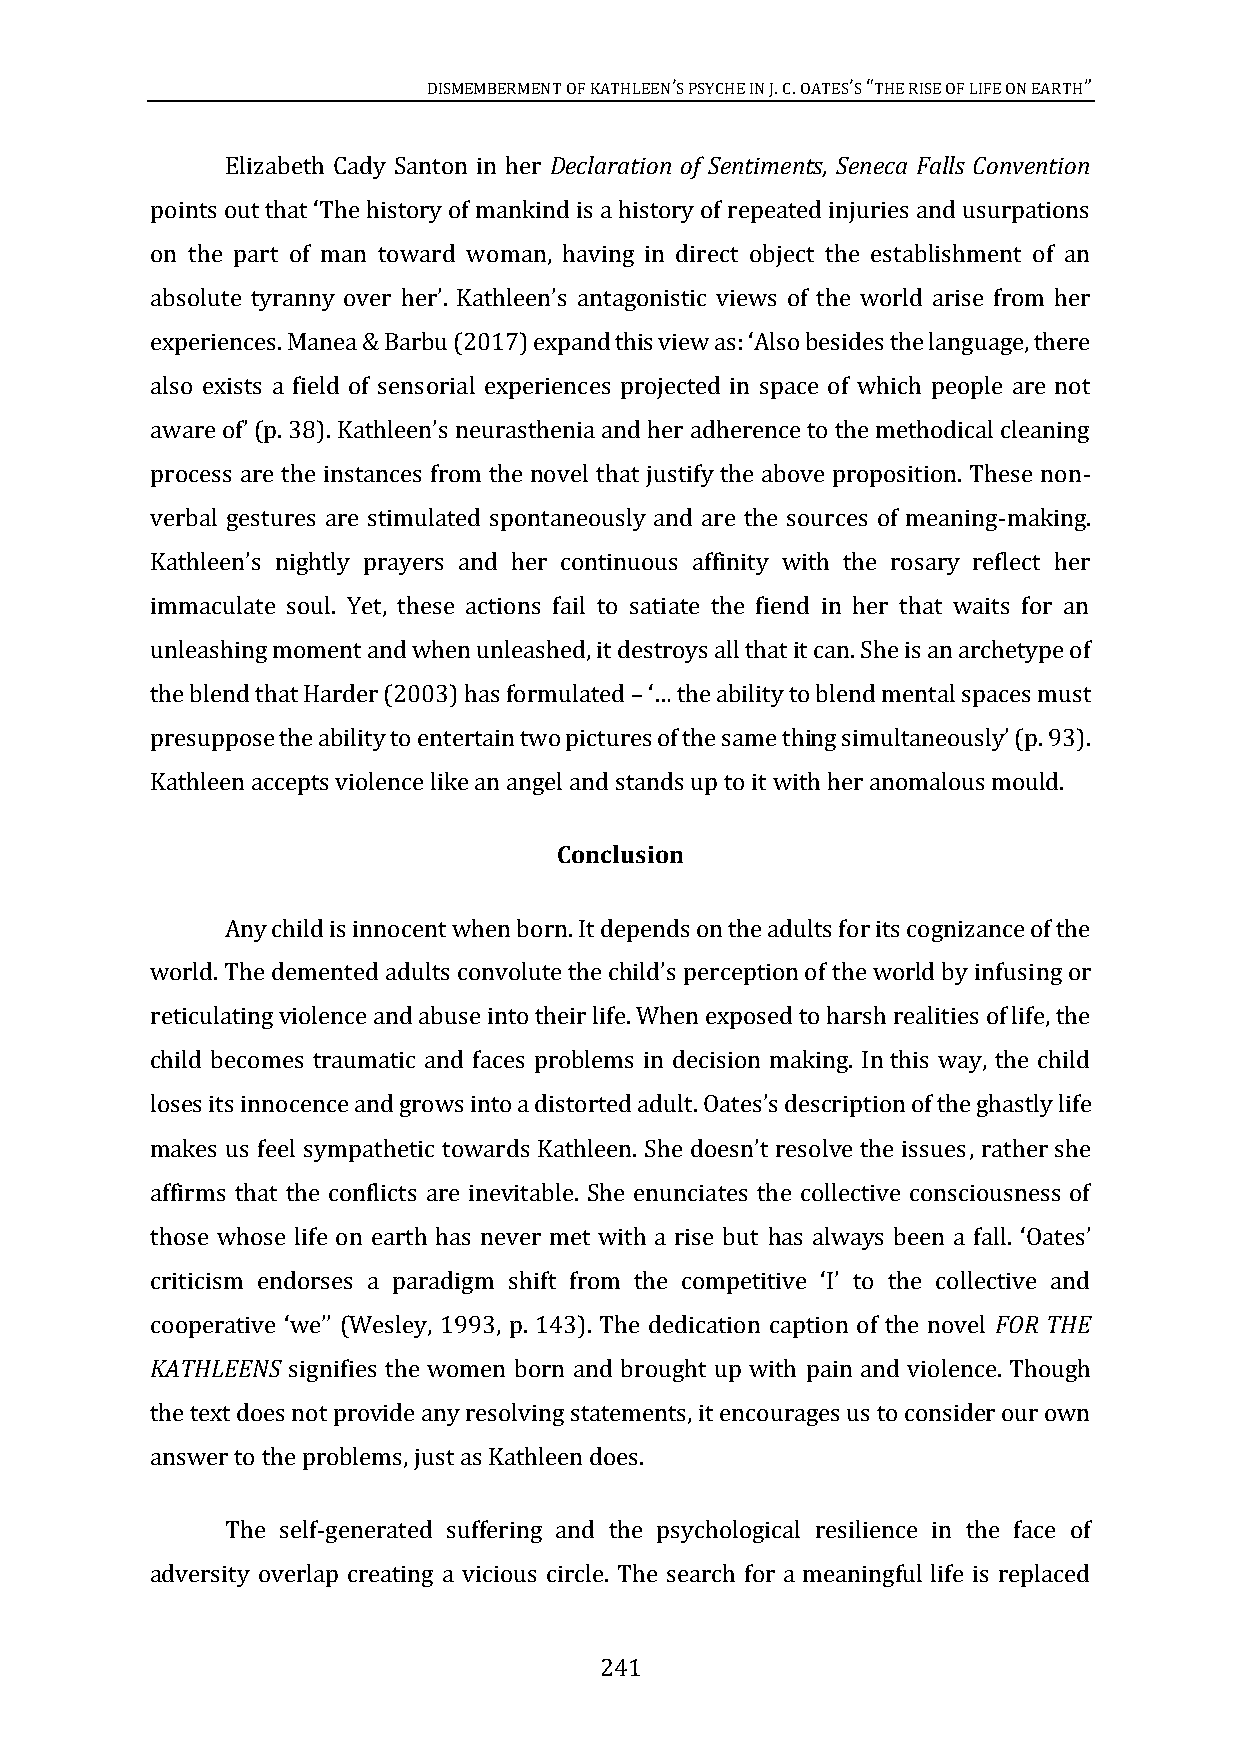
DISMEMBERMENT OF KATHLEENS PSYCHE IN J. C. OATESS THE RISE OF LIFE ON EARTH
 ’           ’ “             ”
 Elizabeth Cady Santon in her Declaration of Sentiments, Seneca Falls Convention
 on the part of man toward woman, having in direct object the establishment of an
 points out that ‘The history of mankind is a history of repeated injuries and usurpations
 absolute tyranny over her’. Kathleen’s antagonistic views of the world arise from her
 also exists a field of sensorial experiences projected in space of which people are not
 experiences. Manea & Barbu (2017) expand this view as: ‘Also besides the language, there
 process are the instances from the novel that justify the above proposition. These non-
 aware of’ (p. 38). Kathleen’s neurasthenia and her adherence to the methodical cleaning
 verbal gestures are stimulated spontaneously and are the sources of meaning-making.
 immaculate soul. Yet, these actions fail to satiate the fiend in her that waits for an
 Kathleen’s nightly prayers and her continuous affinity with the rosary reflect her
 unleashing moment and when unleashed, it destroys all that it can. She is an archetype of
 the blend that Harder (2003) has formulated
 –‘… the ability to blend mental spaces must
 Kathleen accepts violence like an angel and stands up to it with her anomalous mould.
 presuppose the ability to entertain two pictures of the same thing simultaneously’ (p. 93).
 Conclusion
 Any child is innocent when born. It depends on the adults for its cognizance of the
 ng or
 reticulating violence and abuse into their life. When exposed to harsh realities of life, the
 world. The demented adults convolute the child’s perception of the world by infusi
 child becomes traumatic and faces problems in decision making. In this way, the child
 ion of the ghastly life
 , rather she
 loses its innocence and grows into a distorted adult. Oates’s descript
 affirms that the conflicts are inevitable. She enunciates the collective consciousness of
 makes us feel sympathetic towards Kathleen. She doesn’t resolve the issues
 those whose life on earth has never met with a rise but
 has always been a fall. ‘Oates’
 FOR THE
 criticism endorses a paradigm shift from the competitive ‘I’ to the collective and
 KATHLEENS signifies the women born and brought up with pain and violence. Though
 cooperative ‘we’’ (Wesley, 1993, p. 143). The dedication caption of the novel
 the text does not provide any resolving statements, it encourages us to consider our own
 answer to the problems, just as Kathleen does.
 The self-generated suffering and the psychological resilience in the face of
 adversity overlap creating a vicious circle. The search for a meaningful life is replaced
 241